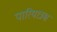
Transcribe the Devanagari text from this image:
पारियात्रश्च